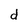
Character: d